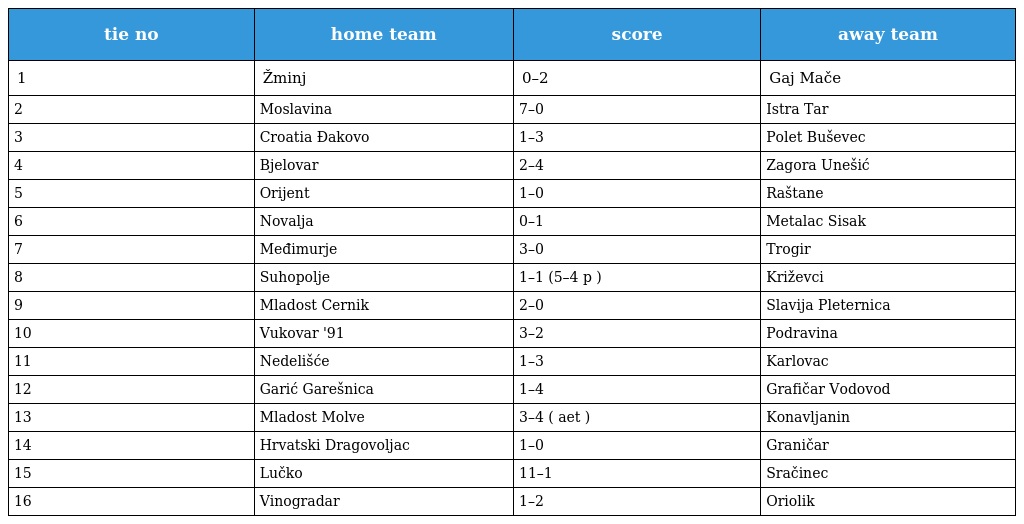
| tie no | home team | score | away team |
 | --- | --- | --- | --- |
 | 1 | Žminj | 0–2 | Gaj Mače |
 | 2 | Moslavina | 7–0 | Istra Tar |
 | 3 | Croatia Đakovo | 1–3 | Polet Buševec |
 | 4 | Bjelovar | 2–4 | Zagora Unešić |
 | 5 | Orijent | 1–0 | Raštane |
 | 6 | Novalja | 0–1 | Metalac Sisak |
 | 7 | Međimurje | 3–0 | Trogir |
 | 8 | Suhopolje | 1–1 (5–4 p ) | Križevci |
 | 9 | Mladost Cernik | 2–0 | Slavija Pleternica |
 | 10 | Vukovar '91 | 3–2 | Podravina |
 | 11 | Nedelišće | 1–3 | Karlovac |
 | 12 | Garić Garešnica | 1–4 | Grafičar Vodovod |
 | 13 | Mladost Molve | 3–4 ( aet ) | Konavljanin |
 | 14 | Hrvatski Dragovoljac | 1–0 | Graničar |
 | 15 | Lučko | 11–1 | Sračinec |
 | 16 | Vinogradar | 1–2 | Oriolik |